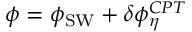
\phi = \phi _ { \mathrm { S W } } + \delta \phi _ { \eta } ^ { C P T }